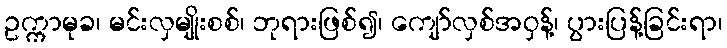
ဥက္ကာမုခ၊ မင်းလှမျိုးစစ်၊ ဘုရားဖြစ်၍၊ ကျော်လှစ်အဝှန့်၊ ပွားပြန့်ခြင်းရာ၊